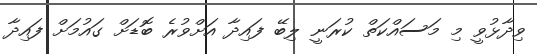
ވިދާޅުވީ މި މަސައްކަތް ކުރަނީ ލިބޭ ފައިދާ އަށްވުރެ ބޮޑަށް ގައުމަށް ފައިދާ